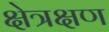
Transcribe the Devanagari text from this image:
क्षेत्रक्षण